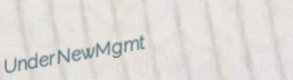
UnderNewMgmt